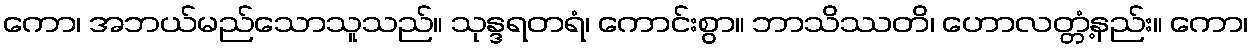
ကော၊ အဘယ်မည်သောသူသည်။ သုန္ဒရတရံ၊ ကောင်းစွာ။ ဘာသိဿတိ၊ ဟောလတ္တံ့နည်း။ ကော၊